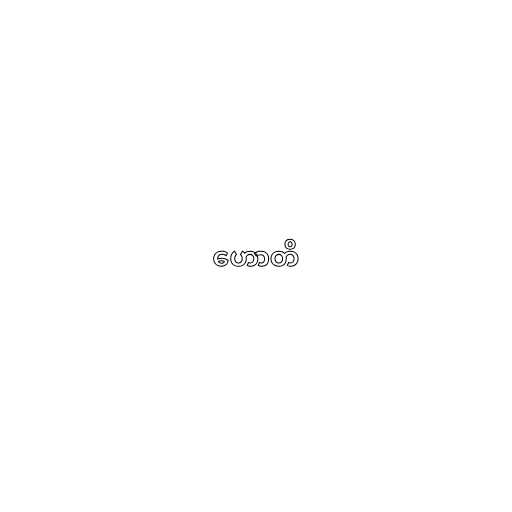
ဟောတိ